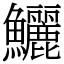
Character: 鱺